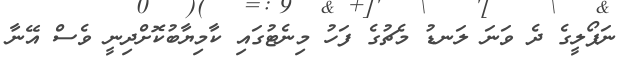
ނަޕޯލީގެ ދެ ވަނަ ލަނޑު މެޗުގެ ފަހު މިނެޓުގައި ކާމިޔާބުކޮށްދިނީ ވެސް އޭނާ